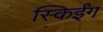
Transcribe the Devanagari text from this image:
स्किईंग